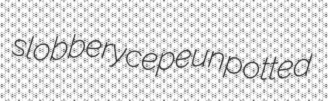
slobbery cepe unpotted